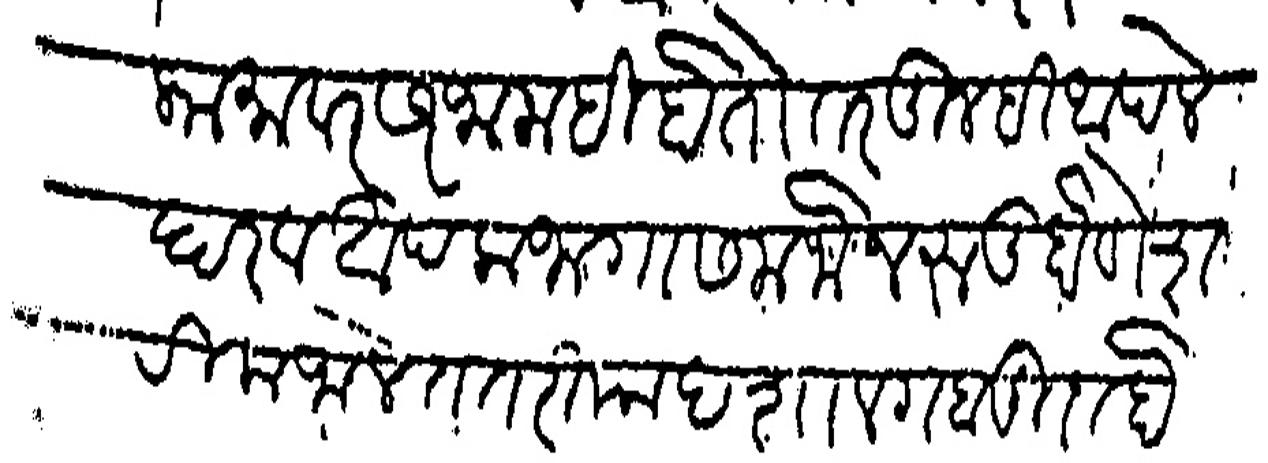
Transliteration (Devanagari): कामावर सरंजामही होतो तर तुम्ही आपले हार व आपला जागा समजोन रुजू होणे शरीक जालत तरी पादशा लगबूदा होऊन